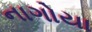
નાગોયા